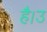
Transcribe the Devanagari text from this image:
है।उ